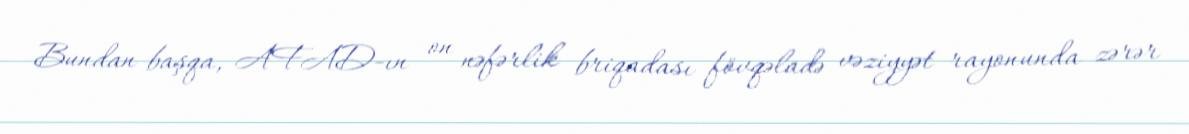
Bundan başqa, AFAD-ın on nəfərlik briqadası fövqəladə vəziyyət rayonunda zərər